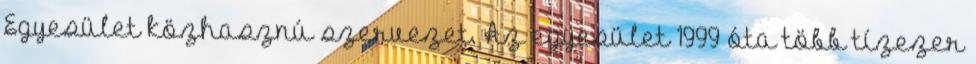
Egyesület közhasznú szervezet. Az egyesület 1999 óta több tízezer